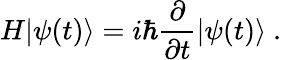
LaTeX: H|\psi(t)\rangle=i\hbar{\frac{\partial}{\partial t}}|\psi(t)\rangle~.